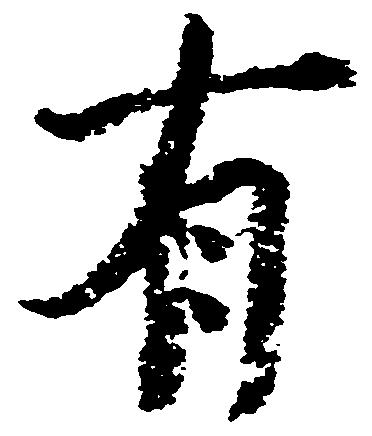
有